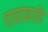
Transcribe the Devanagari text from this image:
गावांसाठी